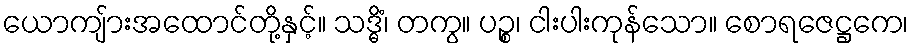
ယောကျ်ားအထောင်တို့နှင့်။ သဒ္ဓိံ၊ တကွ။ ပဉ္စ၊ ငါးပါးကုန်သော။ စောရဇေဋ္ဌကေ၊